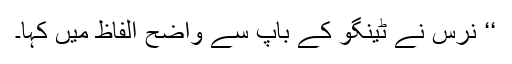
‘‘ نرس نے ٹینگو کے باپ سے واضح الفاظ میں کہا۔